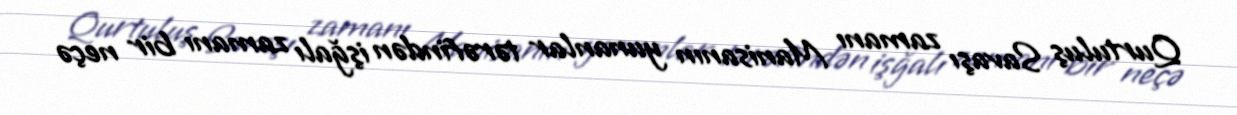
Qurtuluş Savaşı zamanı Manisanın yunanlar tərəfindən işğalı zamanı bir neçə